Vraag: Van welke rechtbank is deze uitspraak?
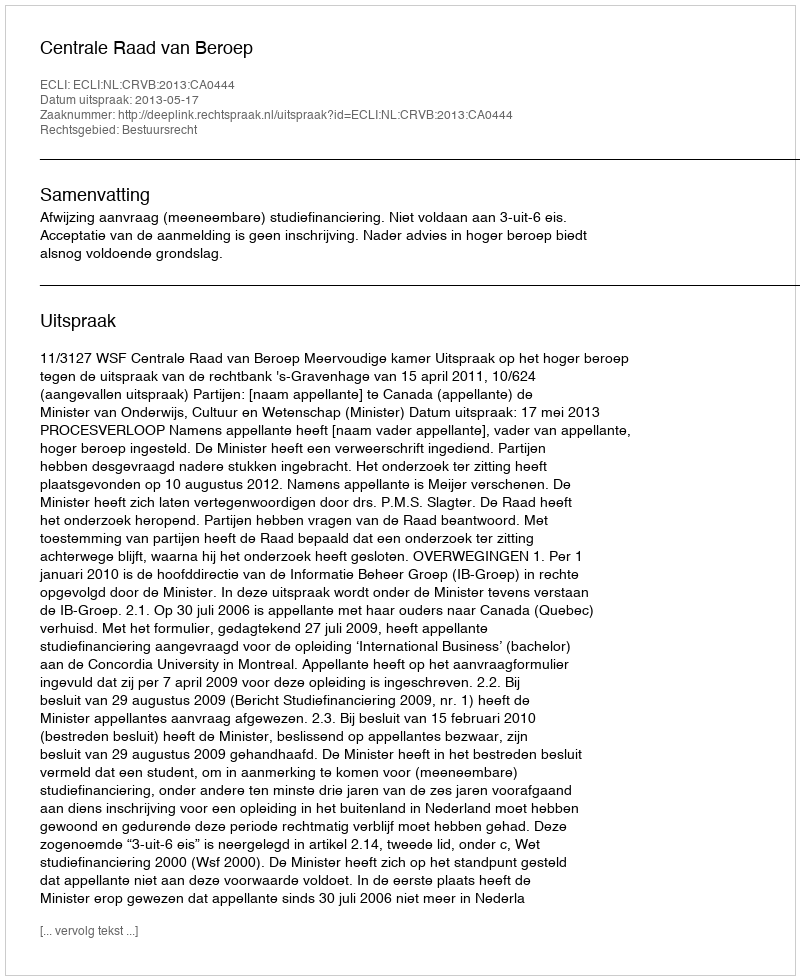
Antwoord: Centrale Raad van Beroep